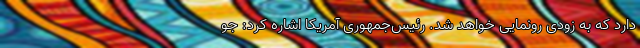
دارد که به زودی رونمایی خواهد شد. رئیس‌جمهوری آمریکا اشاره کرد: جو